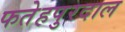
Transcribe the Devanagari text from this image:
फतेहपुरदाल